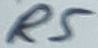
Text: R5